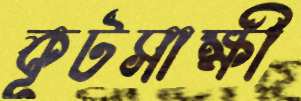
কূটসাক্ষী